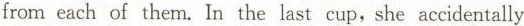
from each of them, In the last cup,she accidentally